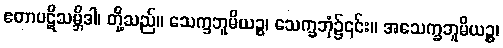
ဧတာပဋိသမ္ဘိဒါ၊ တို့သည်။ သေက္ခဘူမိယဉ္စ၊ သေက္ခဘုံ၌၎င်း။ အသေက္ခဘူမိယဉ္စ၊